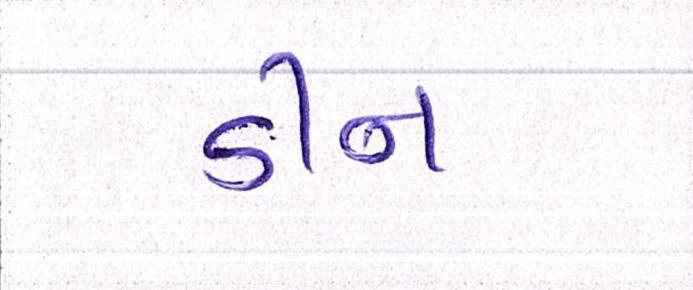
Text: ડીન